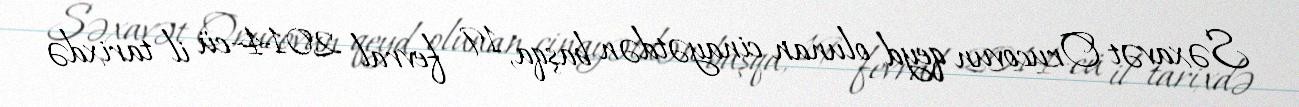
Səxavət Orucovun qeyd olunan cinayətdən başqa, 19 fevral 2014-cü il tarixdə